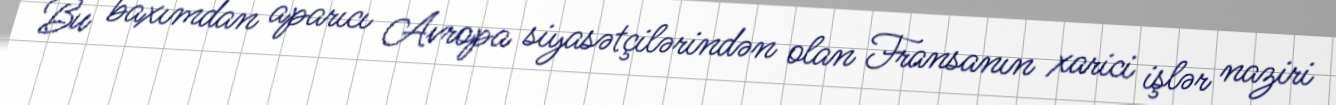
Bu baxımdan aparıcı Avropa siyasətçilərindən olan Fransanın xarici işlər naziri